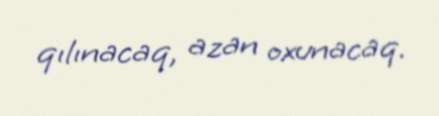
qılınacaq, azan oxunacaq.